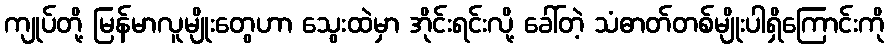
ကျုပ်တို့ မြန်မာလူမျိုးတွေဟာ သွေးထဲမှာ အိုင်းရင်းလို့ ခေါ်တဲ့ သံဓာတ်တစ်မျိုးပါရှိကြောင်းကို